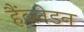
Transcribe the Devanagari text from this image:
हैंब्लेडन